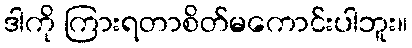
ဒါကို ကြားရတာစိတ်မကောင်းပါဘူး။